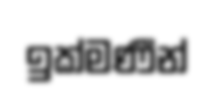
ඉක්මණීන්